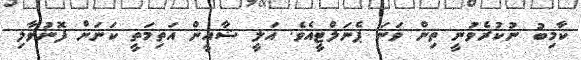
ކާމިބު ނުކުރެވުނީ ތިން ވަނަ ޕެނަލްޓީއެވެ. އަލީ ޝާއީން އަތިމަތީ ކަނަށް ފޮނުވާލި